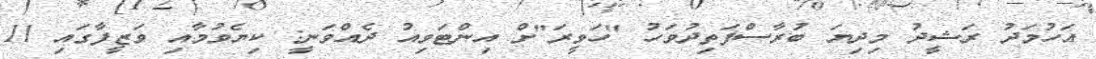
އަހުމަދު ރަޝީދު މިދިޔަ ބުރާސްފަތިދުވަހު "ހަވީރަ"ށް އިންޓަވިއު ދެއްވަނީ: ކިޔެވުމާއި ވަޒީފާގައި 11